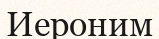
Иероним